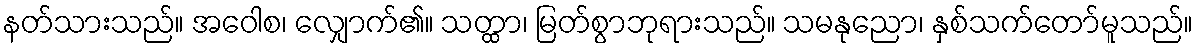
နတ်သားသည်။ အဝေါစ၊ လျှောက်၏။ သတ္ထာ၊ မြတ်စွာဘုရားသည်။ သမနုညော၊ နှစ်သက်တော်မူသည်။